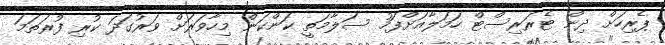
ޕެރިހަށް ދިން ޓެރަރިސްޓް ހަމަލާއަށްފަހު ސަލާމަތީ ކަންކަން މިހާވަރަށް ވަރުގަދަ ކުރި ފުރަތަމަ